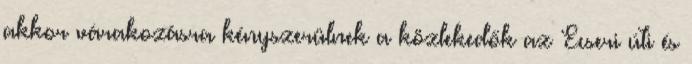
akkor várakozásra kényszerülnek a közlekedők az Ecseri úti és